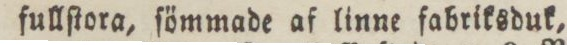
fullſtora, ſömmade af linne fabriksduk,